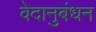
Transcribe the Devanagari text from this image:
वेदानुबंधन